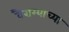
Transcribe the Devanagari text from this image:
वैराग्याच्या